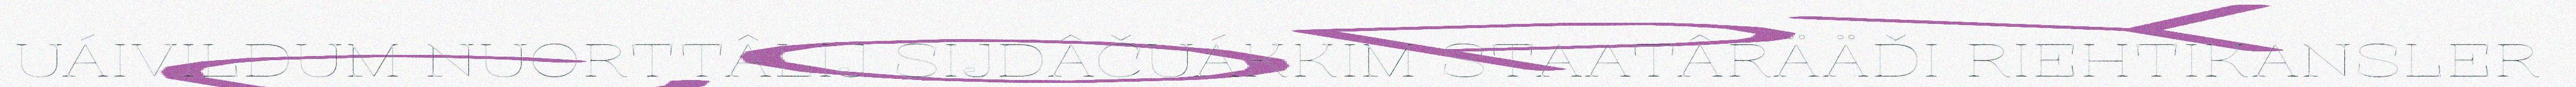
UÁIVILDUM NUORTTÂLIJ SIJDÂČUÁKKIM STAATÂRÄÄĐI RIEHTIKANSLER